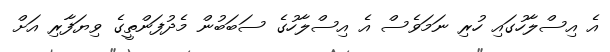
އެ އިސްލާހުގައި ހުރި ނަމަވެސް އެ އިސްލާހުގެ ސަބަބުން މެދުފަންތީގެ ވިޔަފާރި އަށް